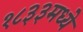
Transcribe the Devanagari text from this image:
१८३३मध्ये